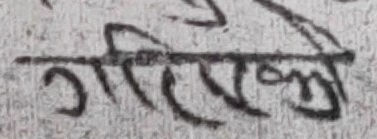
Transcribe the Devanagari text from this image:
गरिभे